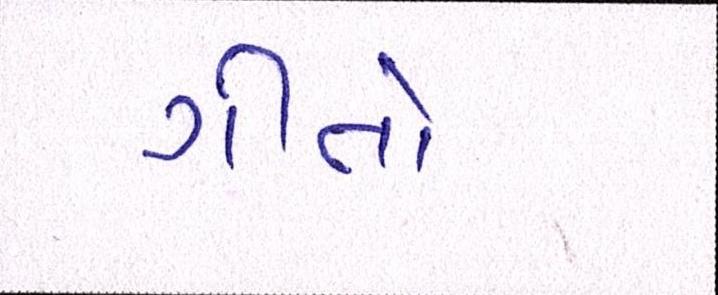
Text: ગીતો